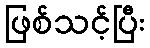
ဖြစ်သင့်ပြီး